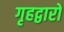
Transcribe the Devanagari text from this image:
गृहद्वारों